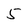
Character: 5